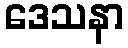
ဒေသနာ